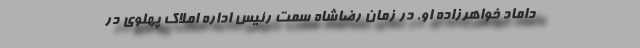
دامادِ خواهرزاده او. در زمان رضاشاه سِمت ‌رئیس اداره املاک پهلوی در